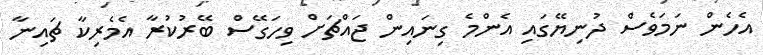
އެހެން ނަމަވެސް ދުނިޔޭގައި އެންމެ ގިނައިން ޖައްޗަށް ވިހަގޭސް ބޭރުކުރާ އެމެރިކާ ޗައިނާ